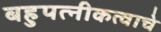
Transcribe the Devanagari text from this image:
बहुपत्‍नीकत्वाचे